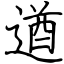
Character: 遒